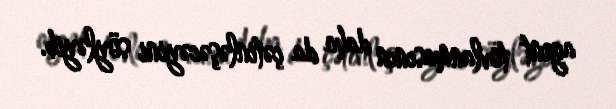
agent tovlanmasının daha da çətinləşəcəyini söyləyib.